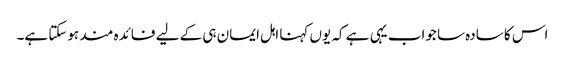
اس کا سادہ سا جواب یہی ہے کہ یوں کہنا اہل ایمان ہی کے لیے فائدہ مند ہوسکتا ہے۔